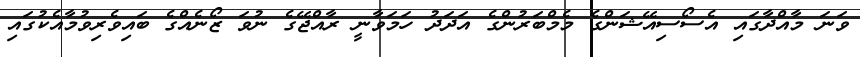
ވަނަ މާއްދާގައި އެސޯސިއޭޝަންގެ މެމްބަރުންގެ އަދަދު ހަމަވާނީ ރާއްޖޭގެ ނުވަ ޒޯނެއްގެ ބައިވެރިވުމާއެކުގައި